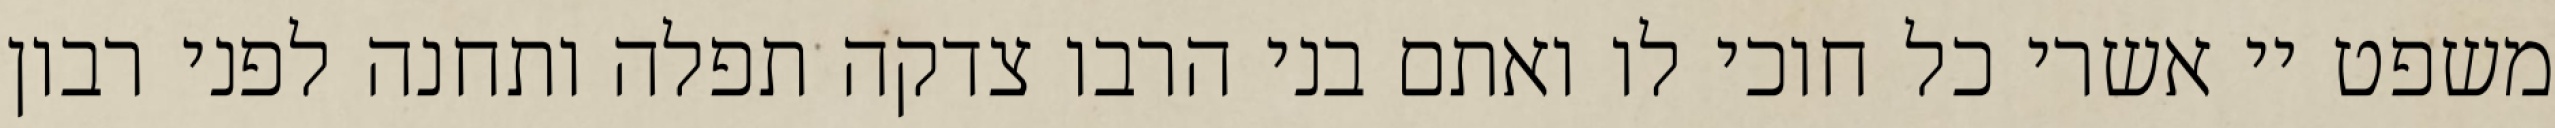
משפט יי אשרי כל חוכי לו ואתם בני הרבו צדקה תפלה ותחנה לפני רבון